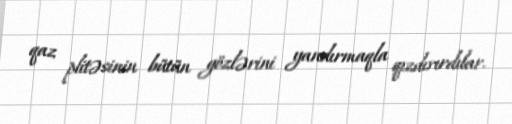
qaz plitəsinin bütün gözlərini yandırmaqla qızdırırdılar.